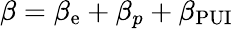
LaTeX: \beta=\beta_{\mathrm{e}}+\beta_{p}+\beta_{\mathrm{{PUI}}}